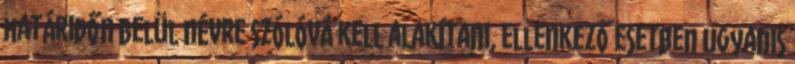
határidőn belül névre szólóvá kell alakítani, ellenkező esetben ugyanis